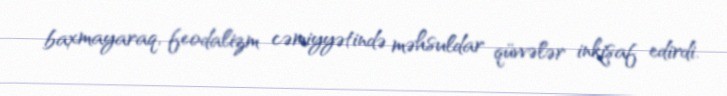
baxmayaraq, feodalizm cəmiyyətində məhsuldar qüvvələr inkişaf edirdi.